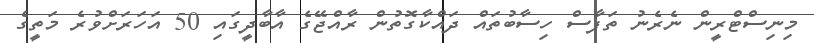
މިނިސްޓްރީން ނެރެނު ތަފާސް ހިސާބުތައް ދައްކާގޮތުން ރާއްޖޭގެ އާބާދީގައި 50 އަހަރަށްވުރެ މަތީގެ